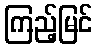
ကြည့်မြင်